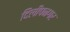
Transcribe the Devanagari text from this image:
दिलीपनगर